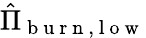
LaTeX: \hat{\Pi}_{\mathrm{~b~u~r~n~},\mathrm{~l~o~w~}}